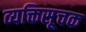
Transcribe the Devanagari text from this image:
व्यक्तिसूचक